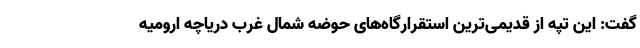
گفت: این تپه از قدیمی‌ترین استقرارگاه‌های حوضه شمال غرب دریاچه ارومیه